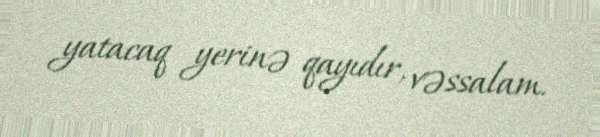
yatacaq yerinə qayıdır, vəssalam.